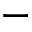
-